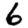
Digit: 6